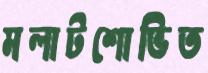
মলাটশোভিত